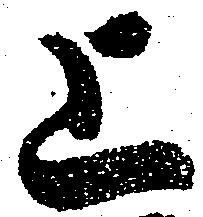
上